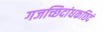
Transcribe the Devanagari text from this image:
गजच्छिदांधकछिदं